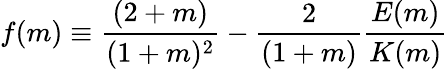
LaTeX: \begin{array}{ccc}{\displaystyle{f(m)\equiv\frac{(2+m)}{(1+m)^{2}}-\frac{2}{(1+m)}\frac{E(m)}{K(m)}}}\end{array}